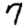
Digit: 7